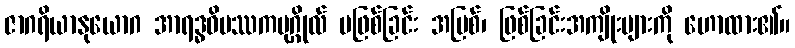
ဇာဂရိယာနုယောဂ အာရဒ္ဓဝိပဿကပုဂ္ဂိုလ် မဖြစ်ခြင်း အပြစ်၊ ဖြစ်ခြင်းအကျိုးများကို ဟောထား၏။